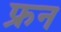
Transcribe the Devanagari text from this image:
फ्रन